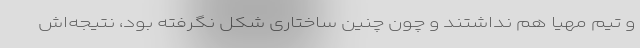
و تیم مهیا هم نداشتند و چون چنین ساختاری شکل نگرفته بود، نتیجه‌اش